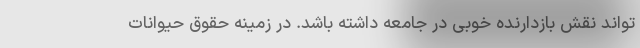
‌تواند نقش بازدارنده خوبی در جامعه داشته باشد. در زمینه حقوق حیوانات